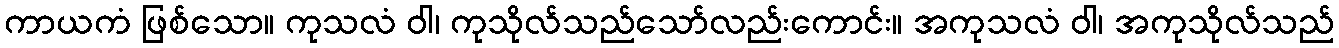
ကာယကံ ဖြစ်သော။ ကုသလံ ဝါ၊ ကုသိုလ်သည်သော်လည်းကောင်း။ အကုသလံ ဝါ၊ အကုသိုလ်သည်